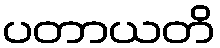
ပတာယတိ